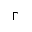
\Gamma